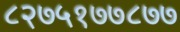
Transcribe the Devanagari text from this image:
८२७५१७७८७७